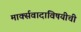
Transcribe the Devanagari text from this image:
मार्क्सवादाविषयीची